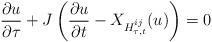
LaTeX: \begin{align*}\frac{\partial u}{\partial \tau}+J\left(\frac{\partial u}{\partial t} - X_{H^{ij}_{\tau,t}}(u)\right) = 0\end{align*}